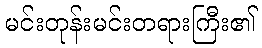
မင်းတုန်းမင်းတရားကြီး၏